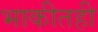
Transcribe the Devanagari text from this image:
भाकीतही